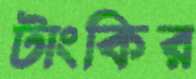
টাংকির